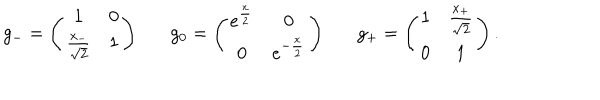
g _ { - } = \left( \begin{array} { c c } { { 1 } } & { { 0 } } \\ { { \frac { x _ { - } } { \sqrt { 2 } } } } & { { 1 } } \\ \end{array} \right) g _ { 0 } = \left( \begin{array} { c c } { { e ^ { \frac { x } { 2 } } } } & { { 0 } } \\ { { 0 } } & { { e ^ { - \frac { x } { 2 } } } } \\ \end{array} \right) g _ { + } = \left( \begin{array} { c c } { { 1 } } & { { \frac { x _ { + } } { \sqrt { 2 } } } } \\ { { 0 } } & { { 1 } } \\ \end{array} \right) .